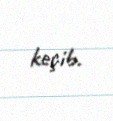
keçib.